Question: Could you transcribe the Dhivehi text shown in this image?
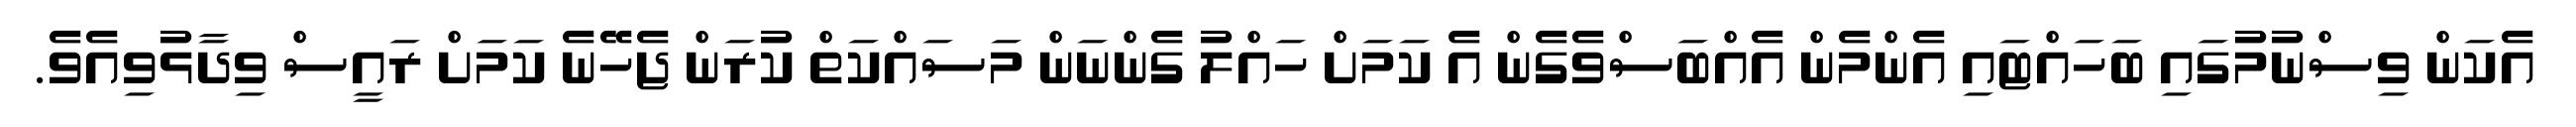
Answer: އެކަން ވިސްނުމުގައި ބަހައްޓައި އެންމެން އެއްބަސްވެގެން އެ ކަމަށް ހައްލު ގެންނަން މަސައްކަތް ކުރަން ޖެހޭނެ ކަމަށް ރައީސް ވިދާޅުވިއެވެ.